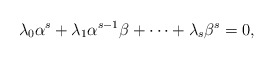
\begin{align*}\lambda_0 \alpha^s+\lambda_1\alpha^{s-1}\beta+\cdots +\lambda_s\beta^s=0,\end{align*}